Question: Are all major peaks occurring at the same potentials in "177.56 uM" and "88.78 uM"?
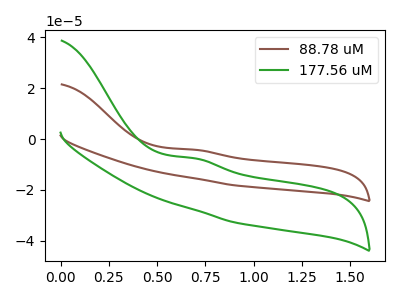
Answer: <think>The brown curve "88.78 uM" has an anodic peak at: (0.70V, -4.20uA). The green curve "177.56 uM" has an anodic peak at: (0.70V, -7.60uA).</think>
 <answer>Yes, "177.56 uM" have a peak in "88.78 uM" at the same potential.</answer>
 <eval>match</eval>